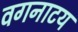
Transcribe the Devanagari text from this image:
वगनाटय